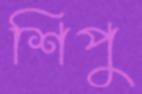
শিপু